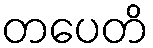
တပေတိ